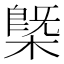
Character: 槩